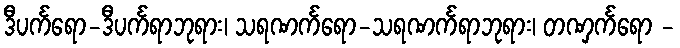
ဒီပင်္ကရော-ဒီပင်္ကရာဘုရား၊ သရဏင်္ကရော-သရဏင်္ကရာဘုရား၊ တဏှင်္ကရော -